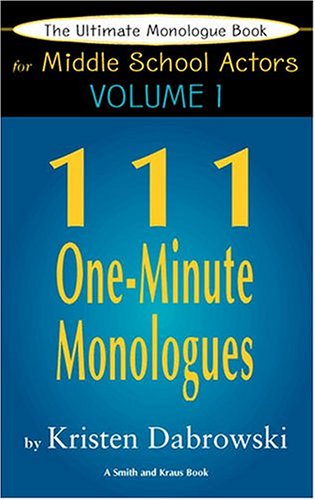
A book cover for The Ultimate Monologue Book for Middle School Actors Vol. I: 111 One-Minute Monologues; Kristen Dabrowski; Teen & Young Adult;